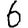
Digit: 6